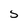
Character: S